Annual administration and progress report of the Indian Medical Department, Bombay
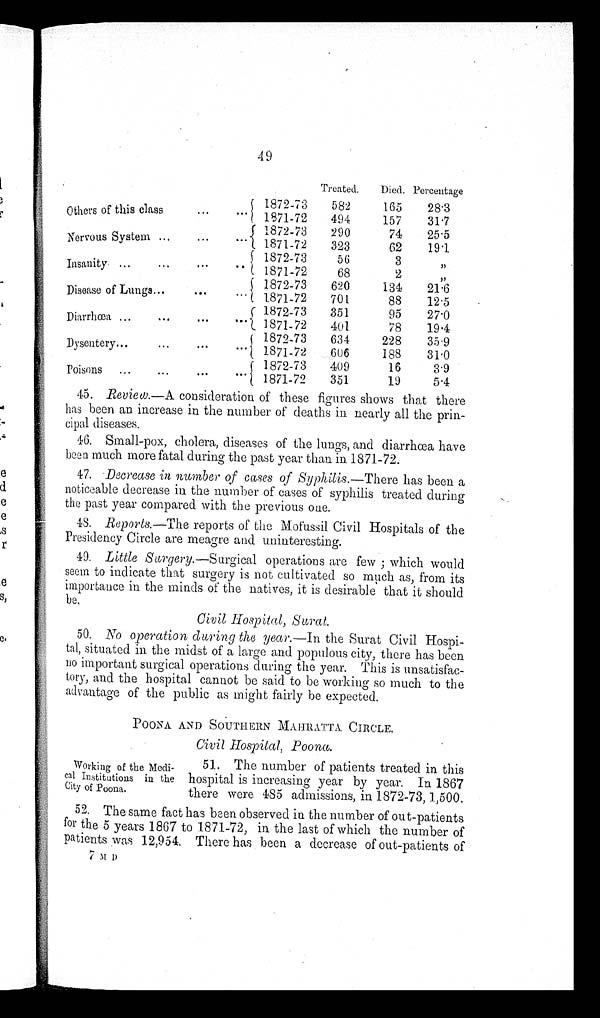
49
Treated.
Died. Percentage
Others of this class . . .
1872-73
582
165
28.3
1871-72
494
157
31.7
Nervous System . . .
1872-73
290
74
25.5
1871-72
323
62
19.1
Insanity . . .
187 2-73
56
3
"
1871-72
68
2
"
Disease of Lungs . . .
1872-73
620
134
21.6
1871-72
701
88
12.5
Diarrhœa . . .
1872-73
351
95
27.0
1871-72
401
78
19.4
Dysentery . . .
1872-73
634
228
35.9
1871-72
606
188
31.0
Poisons . . .
1872-73
409
16
3.9
1871-72
351
19
5.4
45. Review.—A consideration of these figures shows that there
has been an increase in the number of deaths in nearly all the prin-
cipal diseases.
46. Small-pox, cholera, diseases of the lungs, and diarrhœa have
been much more fatal during the past year than in 1871-72.
47. Decrease in number of cases of ,Syphilis.— There has been a
noticeable decrease in the number of cases of syphilis treated during
the past year compared with the previous one.
4 8 . R e p o r t s . —
T h e
r e p o r t s o f t h e M o f u s s i l C i v i l H o s p i t a l s o f t h e
Presidency Circle are meagre and uninteresting.
49. Little Surgery.—Surgical operations are few ; which would
seem to indicate that surgery is not cultivated so much as, from its
importance in the minds of the natives, it is desirable that it should
b e .
Civil Hospital, Surat.
50. No operation during the year.—In the Surat Civil Hospi--
tal, situated in the midst of a large and populous city, there has been
no important surgical operations during the year. This is unsatisfac--
tory, and the hospital cannot be said to be working so much to the
advantage of the public as might fairly be expected.
POONA AND SOUTHERN MAHRATTA CIRCLE.
Civil Hospital, Poona.
51. The number of patients treated in this
hospital is increasing year by year. In 1867
there were 485 admissions, in 1872-73, 1,500.
5 2 . T h e s a m e f a c t h a s b e e n o b s e r v e d i n t h e n u m b e r o f o u t - p a t i e n t s
for the 5 years 1867 to 1871-72, in the last of which the number of
patients was 12,954. There has been a decrease of out-patients of
Working of the Medi--
cal Institutions in the
City of Poona.
7 M D